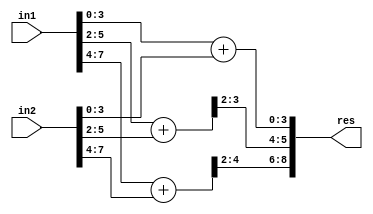
`timescale 1ns / 1ps
//////////////////////////////////////////////////////////////////////////////////
// Company: 
// Engineer: 
// 
// Create Date:    
// Design Name: 
// Module Name:    ACA_II_N8_Q4 
// Project Name: 
// Target Devices: 
// Tool versions: 
// Description: 
//
// Dependencies: 
//
// Revision: 
// Revision 0.01 - File Created
// Additional Comments: 
//
//////////////////////////////////////////////////////////////////////////////////
module ACA_II_N8_Q4(
    input [7:0] in1,
    input [7:0] in2,
    output [8:0] res
    );

wire [4:0] temp1,temp2,temp3;

assign temp1[4:0] = in1[3:0] + in2[3:0];
assign temp2[4:0] = in1[5:2] + in2[5:2];
assign temp3[4:0] = in1[7:4] + in2[7:4];

assign res[8:0] = {temp3[4:2],temp2[3:2],temp1[3:0]};

endmodule